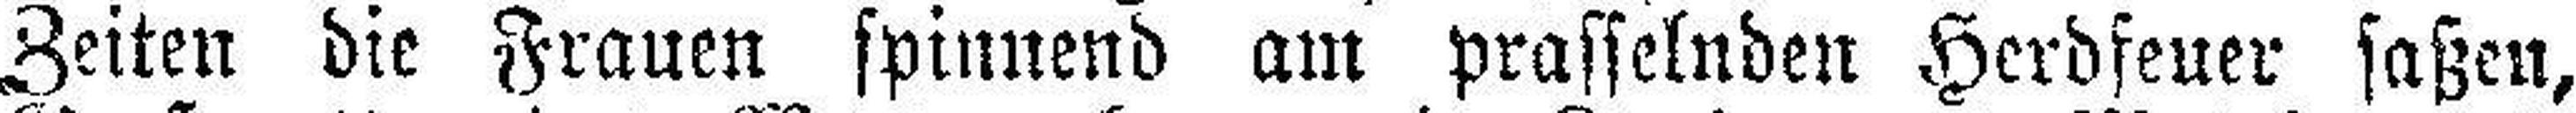
Zeiten die Frauen spinnend am prasselnden Herdfeuer saßen,